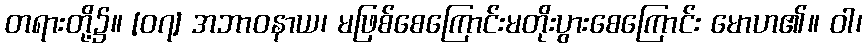
တရားတို့၌။ [၀၇] အဘာဝနာယ၊ မဖြစ်စေကြောင်းမတိုးပွားစေကြောင်း မောဟ၏။ ဝါ၊